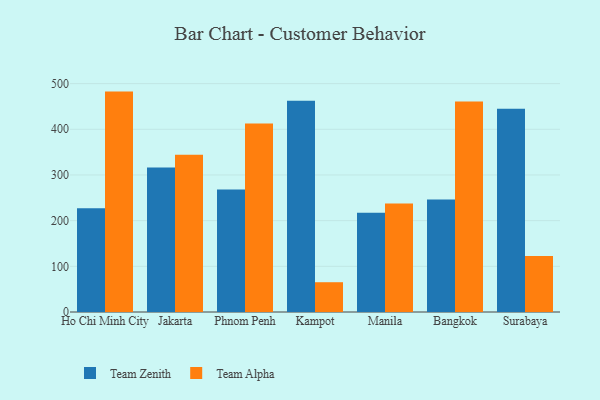
{"axis": {"x": "City", "y": "Market Share (%)"}, "legend": ["Team Alpha", "Team Zenith"], "data": [{"x": "Ho Chi Minh City", "y": 227.0, "type": "Team Zenith"}, {"x": "Ho Chi Minh City", "y": 482.5, "type": "Team Alpha"}, {"x": "Jakarta", "y": 316.5, "type": "Team Zenith"}, {"x": "Jakarta", "y": 344.3, "type": "Team Alpha"}, {"x": "Phnom Penh", "y": 268.0, "type": "Team Zenith"}, {"x": "Phnom Penh", "y": 412.9, "type": "Team Alpha"}, {"x": "Kampot", "y": 462.3, "type": "Team Zenith"}, {"x": "Kampot", "y": 65.2, "type": "Team Alpha"}, {"x": "Manila", "y": 217.5, "type": "Team Zenith"}, {"x": "Manila", "y": 237.3, "type": "Team Alpha"}, {"x": "Bangkok", "y": 246.1, "type": "Team Zenith"}, {"x": "Bangkok", "y": 460.8, "type": "Team Alpha"}, {"x": "Surabaya", "y": 444.8, "type": "Team Zenith"}, {"x": "Surabaya", "y": 122.5, "type": "Team Alpha"}]}